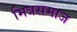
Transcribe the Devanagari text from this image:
मित्रसमाज